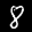
Label: 8